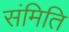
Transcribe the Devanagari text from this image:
संमिति